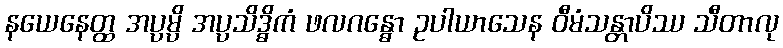
နယေနေတ္ထ အပ္ပမ္ပိ အပ္ပသိဒ္ဓိကံ ဖလဂန္ဓော ဥပါယာသေန ဝီမံသန္တာပိဿ သီတာလု